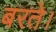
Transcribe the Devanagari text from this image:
बरते।